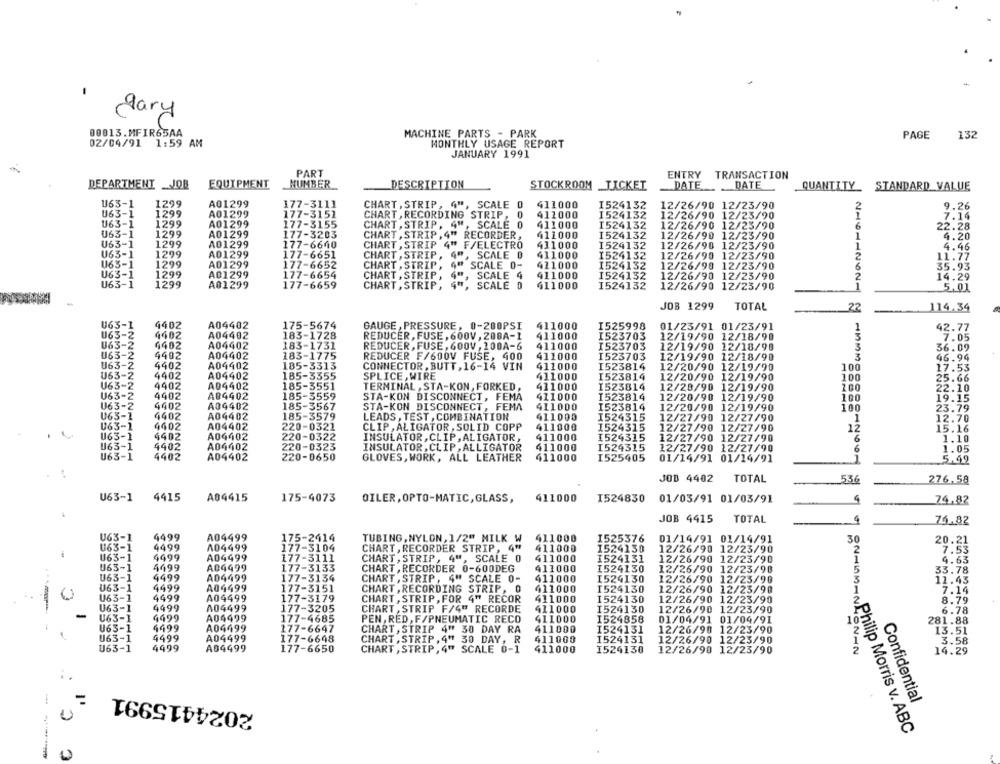
dary
00013.MFIR65AA
MACHINE PARTS - PARK
PAGE
132
02/04/91 1:59 AM
MONTHLY USAGE REPORT
JANUARY 1991
PART
ENTRY
TRANSACTION
EQUIPMENT
NUMBER
DESCRIPTION
DATE
DEPARTMENT _JOB
STOCKROOM _TICKET
DATE
QUANTITY STANDARD VALUE
U63-1
1299
A01299
177-3111
CHART , STRIP, 4", SCALE 0
411000
1524132
12/26/90 12/23/90
2
9.26
U63-1
1299
A01299
177-3151
CHART , RECORDING STRIP,
0
411000
1524132
12/26/90 12/23/90
7.14
U63-1
1299
A01299
177-3155
CHART , STRIP, 4", SCALE 0
411000
1524132
12/26/90 12/23/90
6
22.28
063-1
1299
A01299
177-3203
CHART , STRIP , 4" RECORDER,
411000
1524132
12/26/90 12/23/90
1
4.20
U63-1
1299
A01299
177-6640
CHART , STRIP 4" F/ELECTRO
411000
1524132
12/26/90 12/23/90
4.46
U63-1
1299
A01299
1
177-6651
CHART , STRIP ,
SCALE B
411000
1524132
12/26/90 12/23/90
2
11.77
U63-1
1299
A01299
177-6652
CHART , STRIP, 40
SCALE 0-
411000
1524132
12/26/90 12/23/90
35.93
U63-1
1299
A01299
177-6654
CHART , STRIP, 4"
SCALE 4
411000
1524132
12/26/90 12/23/90
2
14.29
U63-1
1299
A01299
177-6659
CHART , STRIP, 4"
SCALE 0
411000
1524132
12/26/90 12/23/90
5.01
JOB 1299
TOTAL
22
-114.34
U63-1
4402
A04402
175-5674
GAUGE , PRESSURE, 0-200PSI
411000
I525998
01/23/91 01/23/91
42.77
U63-2
4402
A04402
183-1728
REDUCER, FUSE , 600V , 200A-1
411000
I523703
12/19/90 12/18/90
3
7.05
U63-2
4402
A04402
183-1731
REDUCER , FUSE, 600V , 100A-6
411000
I523703
12/19/90 12/18/90
3
36.09
U63-2
4402
A04402
183-1775
REDUCER F/600V FUSE, 400
411000
1523703
12/19/90 12/18/90
3
46.94
U63-2
4402
A04402
185-3313
CONNECTOR, BUTT, 16-14 VIN
411000
1523814
12/20/90 12/19/90
100
17.53
U63-2
4402
A04402
185-3355
SPLICE, WIRE
411000
I523814
12/20/90 12/19/90
100
25.66
U63-2
4402
A04402
185-3551
TERMINAL , STA-KON, FORKED,
411000
1523814
12/28/90 12/19/90
100
22.10
U63-2
4402
A04402
185-3559
STA-KON DISCONNECT, FEMA
411000
1523814
12/20/90 12/19/90
100
19.15
U63-2
4402
A04402
185-3567
411000
I523814
STA-KON DISCONNECT, FEMA
12/20/90 12/19/90
100
23.79
063-1
4402
A04402
185-3579
LEADS , TEST , COMBINATION
411000
I524315
12/27/90 12/27/90
1
12.70
063-1
4402
A04402
220-0321
CLIP, ALIGATOR , SOLID COPP
411000
1524315
12/27/90 12/27/90
12
15.16
U63-1
4402
A04402
220-0322
INSULATOR, CLIP, ALIGATOR,
411000
I524315
12/27/90 12/27/90
6
1.10
U63-1
4402
A04402
220-0323
INSULATOR, CLIP, ALLIGATOR
411000
I524315
12/27/90 12/27/90
6
1.05
U63-1
4402
A04402
220-0650
GLOVES, WORK, ALL LEATHER
411000
I525405
01/14/91 01/14/91
.5.42
JOB 4402
TOTAL
536
276,58
4415
A04415
U63-1
175-4073
OILER, OPTO-MATIC, GLASS,
411000
I524830 01/03/91 01/03/91
4
74.82
JOB 4415
TOTAL
74.82
A04499
U63-1
4499
175-2414
TUBING, NYLON, 1/2" MILK W
411000
1525376
01/14/91 01/14/91
30
20.21
U63-1
4499
A04499
177-3104
CHART , RECORDER STRIP, 4"
411000
1524130
12/26/90 12/23/90
2
7.53
U63-1
4499
A04499
177-3111
CHART , STRIP, 4", SCALE 0
411000
I524131
U63-1
4499
12/26/90 12/23/90
4.63
A04499
177-3133
CHART , RECORDER 0-600DEG
411000
I524130
12/26/90 12/23/90
33.78
U63-1
4499
AD4499
177-3134
CHART , STRIP, 4" SCALE O-
411000
I524130
12/26/90 12/23/90
11.43
U63-1
4499
A04499
177-3151
CHART , RECORDING STRIP, 0
411000
1524130
12/26/90 12/23/90
7.14
U63-1
4499
A04499
177-3179
CHART , STRIP , FOR 4" RECOR
411000
1524130
12/26/90 12/23/90
8.79
U63-1
4499
A04499
177-3205
CHART , STRIP F/4" RECORDE
411000
I524130
12/26/90 12/23/90
6.78
-
U63-1
4499
A04499
177-4685
PEN, RED , F/PNEUMATIC RECO
411000
1524858
01/04/91 01/04/91
10;
281.88
U63-1
4499
A04499
177-6647
CHART , STRIP 4" 30 DAY RA
411000
1524131
12/26/90 12/23/90
2
13.51
U63-1
4499
A04499
177-6648
CHART , STRIP , 4" 30 DAY, R
411000
1524131
12/26/90 12/23/90
U63-1
4499
A04499
177-6650
CHART , STRIP, 4" SCALE 0-1
411000
I524130
12/26/90 12/23/90
2024415991
Confidential
U
ON-GM ~~ Philip Morris v. ABC